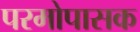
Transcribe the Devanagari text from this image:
परमोपासक